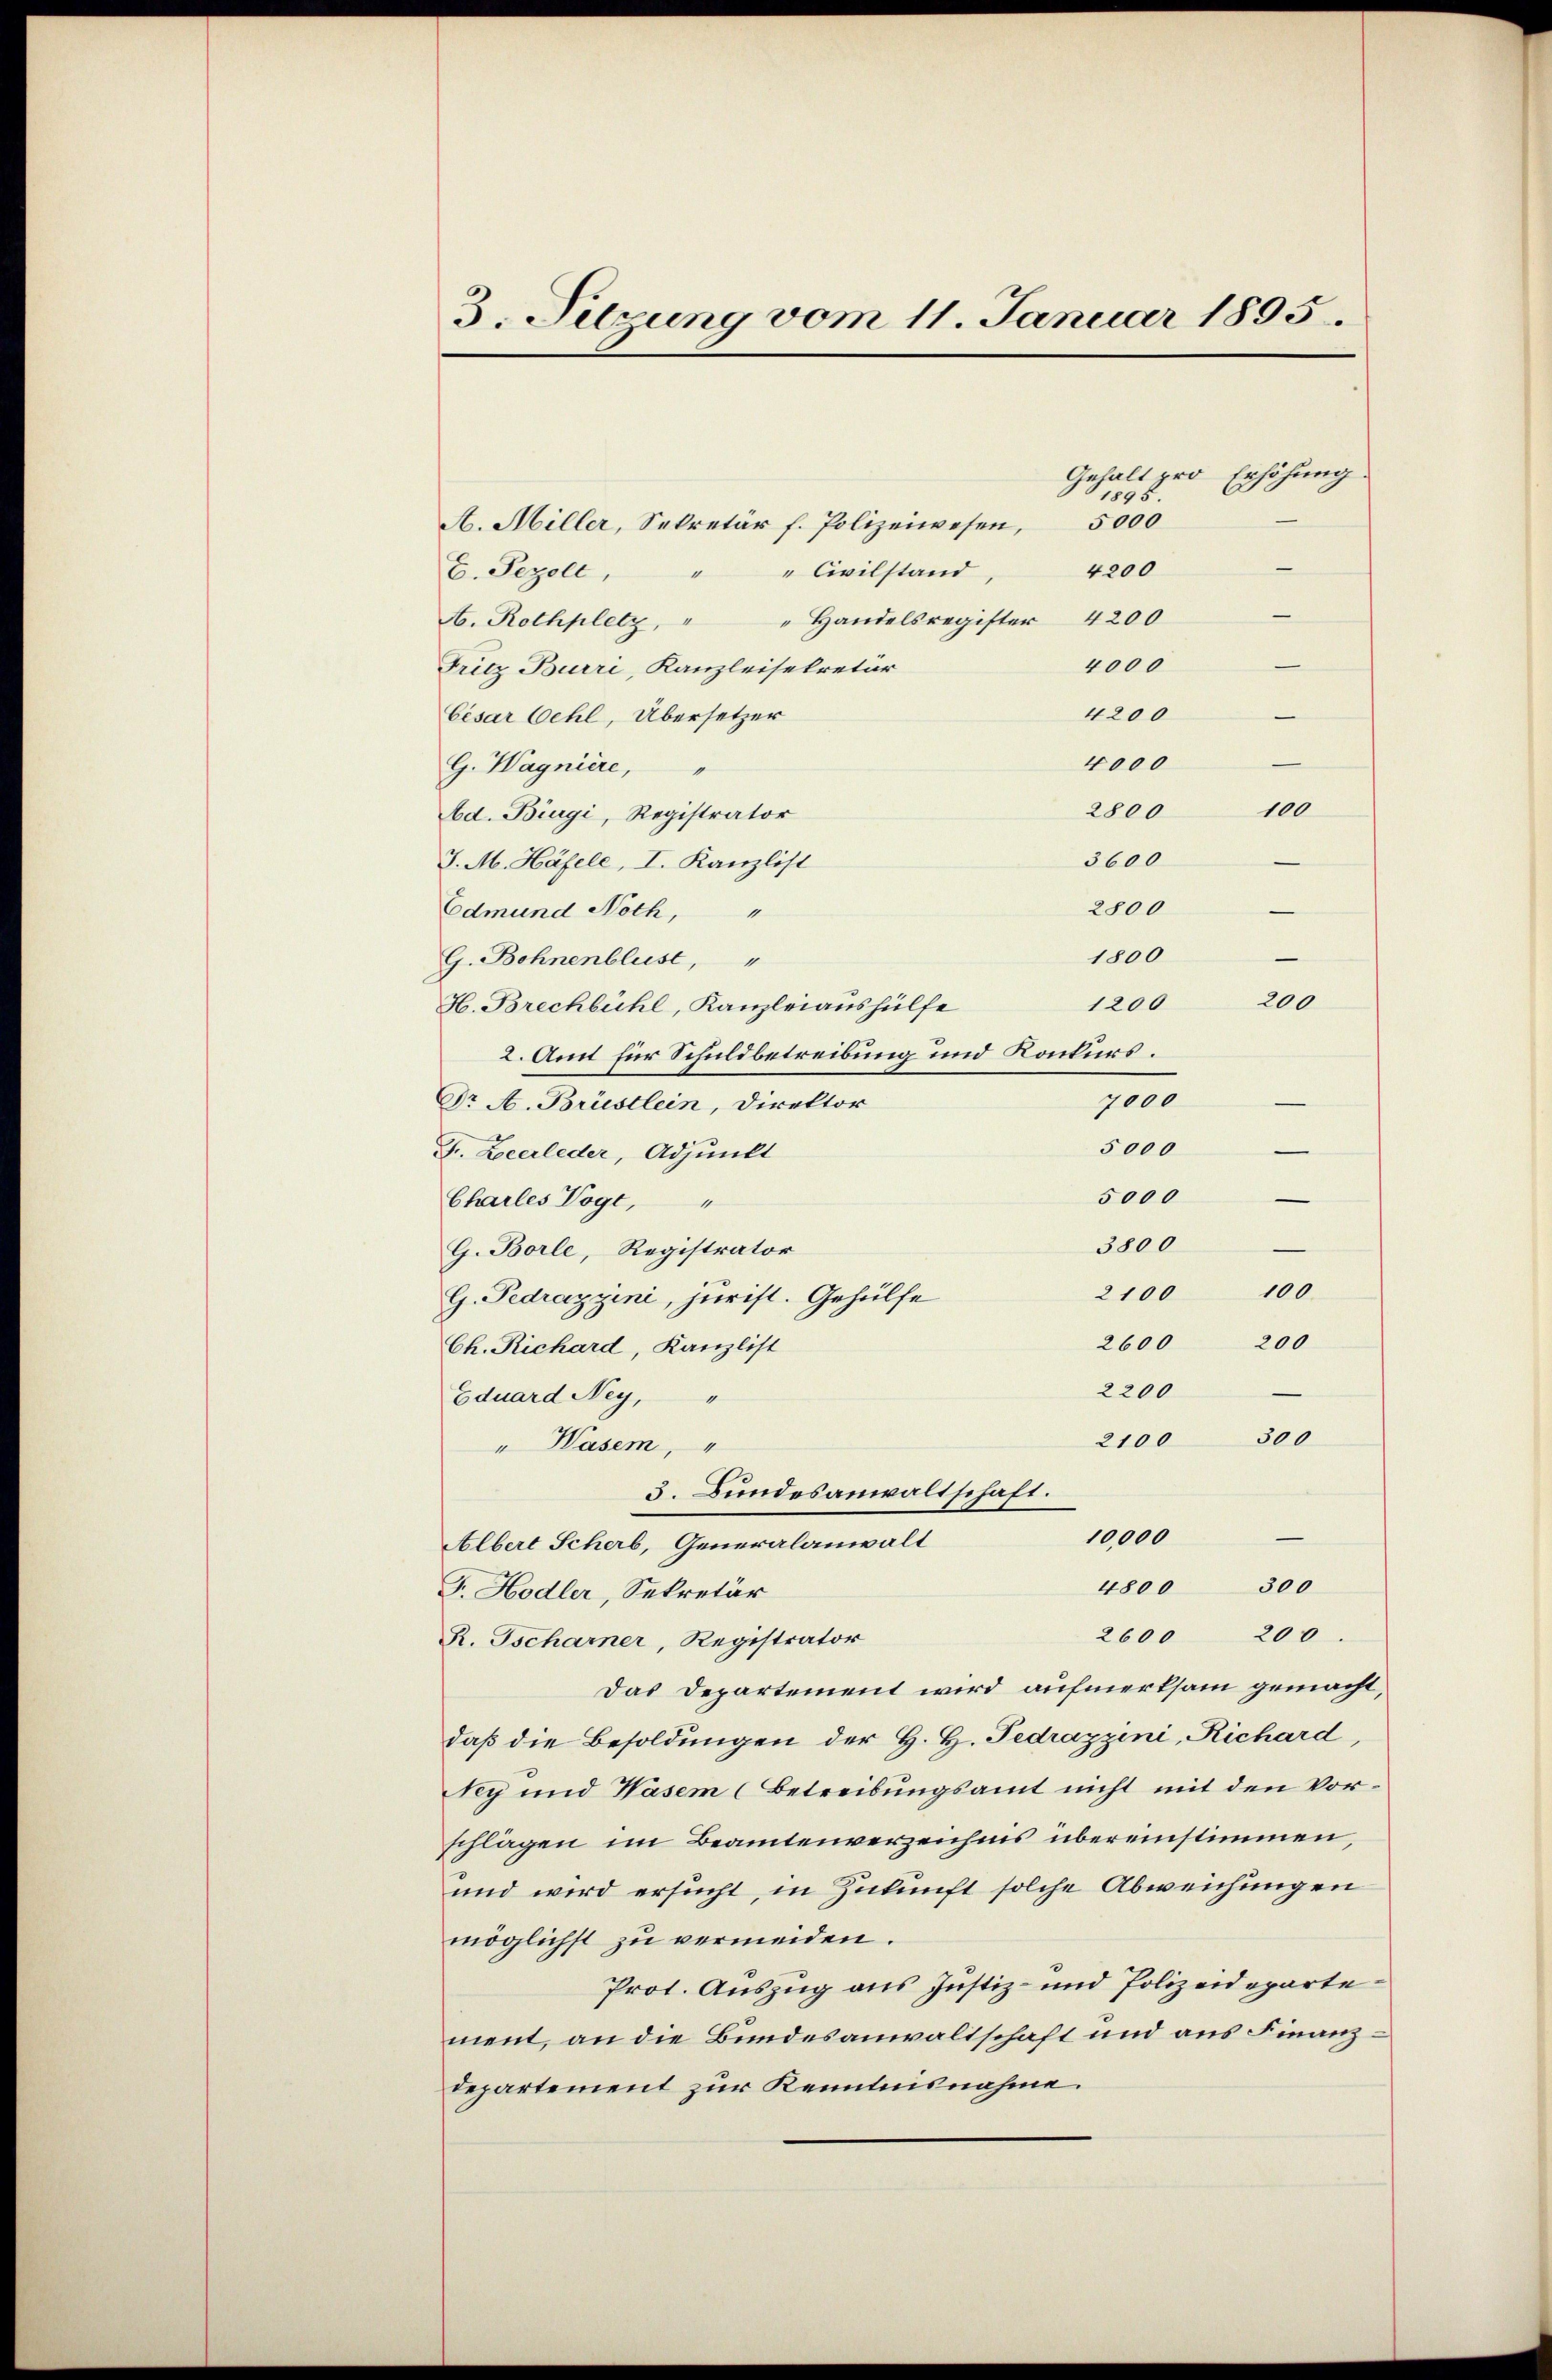
3. Setzung vom 11. Januar 1895.
Gehalt pro
Erhöhung.
1898.
5000
A. Miller, Sekretär f. Polizeiwesen,
4200
Civilstand
E. Pezell,

A. Rothplatz, " " Handelsregister 4200
Fritz Burri, Kanzleisekretär
Cesar Oehl, Übersetzer
G. Wagnière,
Ad. Biegi, Registrator
J. M. Häfele, I. Kanzlist
Edmund Noth, "
G. Bohnenblust, "
H. Brechbühl, Kanzleiaushülfe
2. Amt für Schuldbetreibung und Konkurs.
Dr A. Brüstlein, Direktor
Fr. Locerleder, Adjunkt
Charles Vogt,
G. Borle, Registrator
G. Pedragyini, jurist. Gehülfe
Ch. Richard, Kanzlist
2200
Eduard Ney,
2100 300
" Waser,
5. Bundesanwaltschaft.
10,000
—
Albert Scherb, Generalanwalt
300
4800
F. Hodler, Sekretär
200
2600
R. Tscharner, Registrator
Das Departement wird aufmerksam gemacht,
daß die Besoldungen der H. H. Pedrazzini, Richard,
Ney und Waser (Betreibungsamt nicht mit den Vorschlägen im Beamtenverzeichnis übereinstimmen,
und wird ersucht, in Zukunft solche Abweichungen
möglichst zu vermeiden.
Prot. Auszug aus Justiz- und Polizeidepartement, an die Bundesanwaltschaft und aus Finanzdepartement zur Kenntnisnahme.

4000
4200
4000
2800
3600
2800
1800
200
1200
7000
5000
5000
3800.
100
2100
200
2600

100
—
e